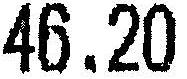
46.20